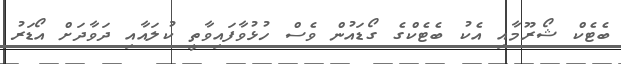
ބެޓެކް ޝޯރޫމާއި އެކު ބެޓެކްގެ ގޯޑައުން ވެސް ހުޅުވާފައިވާތީ ކުލައާއި ދަވާދަށް އޯޑަރު